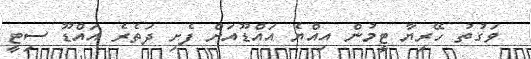
ވަގުތު ހޭރިޔާ ޓީމުން އިއްޔެ އައްޑޫއަށް ފެށި ދަތެރެ އައްޑޫ ސިޓީ